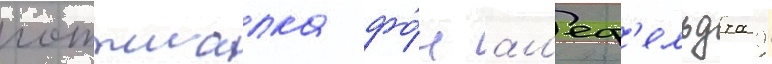
готтшалка фо́н ал'еф'ельдта 9